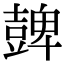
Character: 𧯿